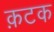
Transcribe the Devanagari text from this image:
क़टक